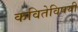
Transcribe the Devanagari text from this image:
कवितेविषयी